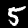
Label: 5